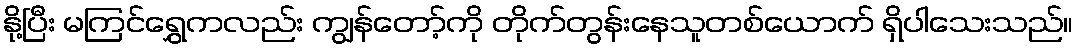
နို့ပြီး မကြင်ရွှေကလည်း ကျွန်တော့်ကို တိုက်တွန်းနေသူတစ်ယောက် ရှိပါသေးသည်။